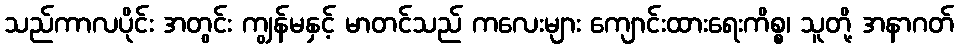
သည်ကာလပိုင်း အတွင်း ကျွန်မနှင့် မာတင်သည် ကလေးများ ကျောင်းထားရေးကိစ္စ၊ သူတို့ အနာဂတ်